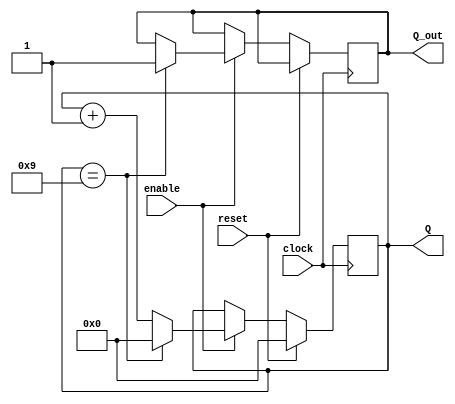
module counter(clock, enable, reset, Q, Q_out);
	input clock, enable, reset;
	output reg Q_out;				// send bit to Hex1 (7seg1)
	output reg[3:0] Q; 			// output reg for Hex0 (7seg 0)

	always @( posedge clock) begin
		if(reset)
			Q  <= 4'b0;  
		else		
			if (enable == 1) begin
				if (Q == 4'b1001) begin
					Q <= 1'b0000;	// Reset to 0 restart count so it doesn't go to Hex A
					Q_out <= 1'b1;
				end
				else
					Q <= Q + 1'b1;	// If Q is not 9 increment 1 bit
			end
			else
				Q = Q;				// if enable = 0 hold the current number to display
	end
	
endmodule